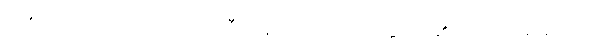
၁၃၈။ ပုထုဇဉ်သော်လည်း သီလရှိလျှင် အရိယာနှင့်တူ၏၊ အပယ်မရောက်။